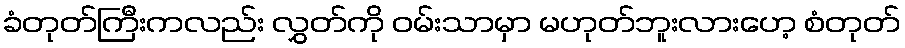
ခံတုတ်ကြီးကလည်း လွှတ်ကို ဝမ်းသာမှာ မဟုတ်ဘူးလားဟေ့ စံတုတ်